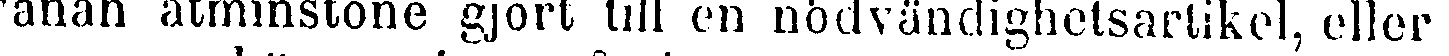
vanan åtminstone gjort till en nödvändighetsartikel, eller